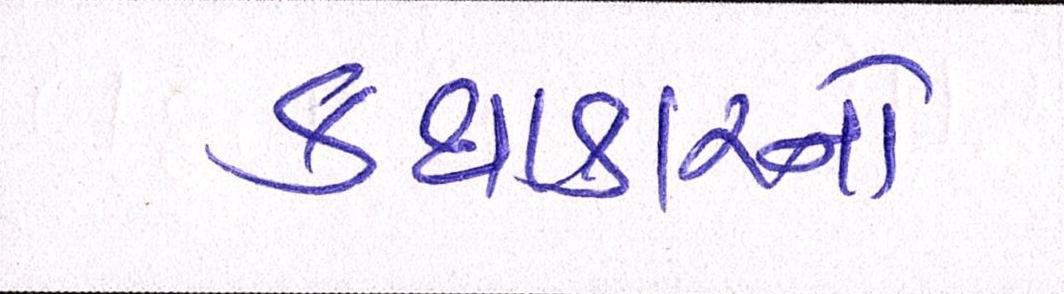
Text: કથાકારનો